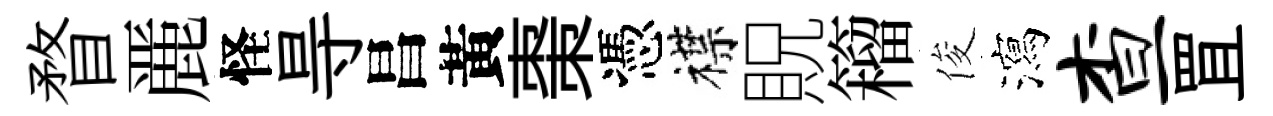
瞀䴡怪㝵昌黃棗憑襟貺籕俊瀉查罝